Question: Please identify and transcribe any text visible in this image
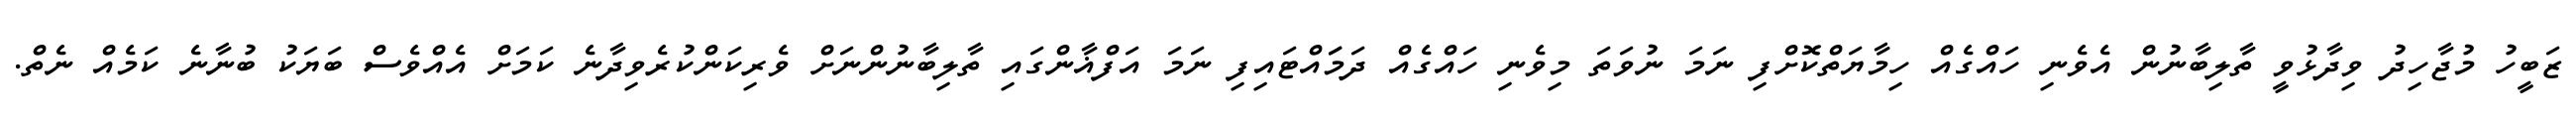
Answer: ޒަބީހު މުޖާހިދު ވިދާޅުވީ ތާލިބާނުން އެވެނި ހައްގެއް ހިމާޔަތްކޮށްފި ނަމަ ނުވަތަ މިވެނި ހައްގެއް ދަމަައްޓައިފި ނަމަ އަފްޣާންގައި ތާލިބާނުންނަށް ވެރިކަންކުރެވިދާނެ ކަމަށް އެއްވެސް ބަޔަކު ބުނާނެ ކަމެއް ނެތް.